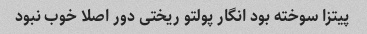
پیتزا سوخته بود انگار پولتو ریختی دور اصلا خوب نبود